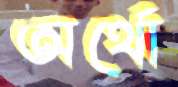
অর্থো